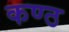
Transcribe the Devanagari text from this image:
कण्‍ठ